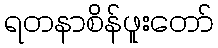
ရတနာစိန်ဖူးတော်